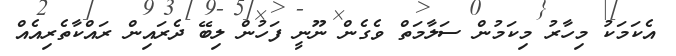
އެކަމަކު މިހާރު މިކަމުން ސަލާމަތް ވެގެން ނޫނީ ފަހުން ލިބޭ ދެރައިން ރައްކާތެރިއެއް